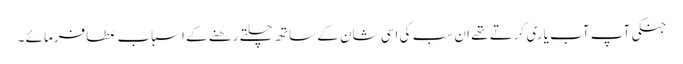
جنکی آپ آب یاری کرتے تھے ان سب کی اسی شان کے ساتھ چلتے رھنے کے اسباب عطافرمائے ۔